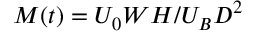
M ( t ) = U _ { 0 } W H / U _ { B } D ^ { 2 }